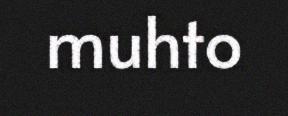
muhto